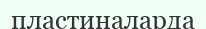
пластиналарда